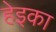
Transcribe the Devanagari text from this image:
हेइका